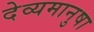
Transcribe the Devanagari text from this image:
देव्यमानुषा